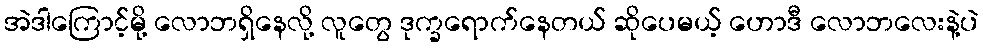
အဲဒါကြောင့်မို့ လောဘရှိနေလို့ လူတွေ ဒုက္ခရောက်နေတယ် ဆိုပေမယ့် ဟောဒီ လောဘလေးနဲ့ပဲ